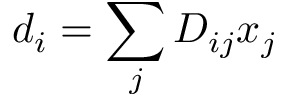
d _ { i } = \sum _ { j } D _ { i j } x _ { j }